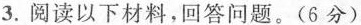
3.阅读以下材料，回答问题。(6分)